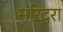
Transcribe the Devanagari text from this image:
सरिद्वरा